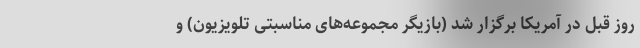
روز قبل در آمریکا برگزار شد (بازیگر مجموعه‌های مناسبتی تلویزیون) و